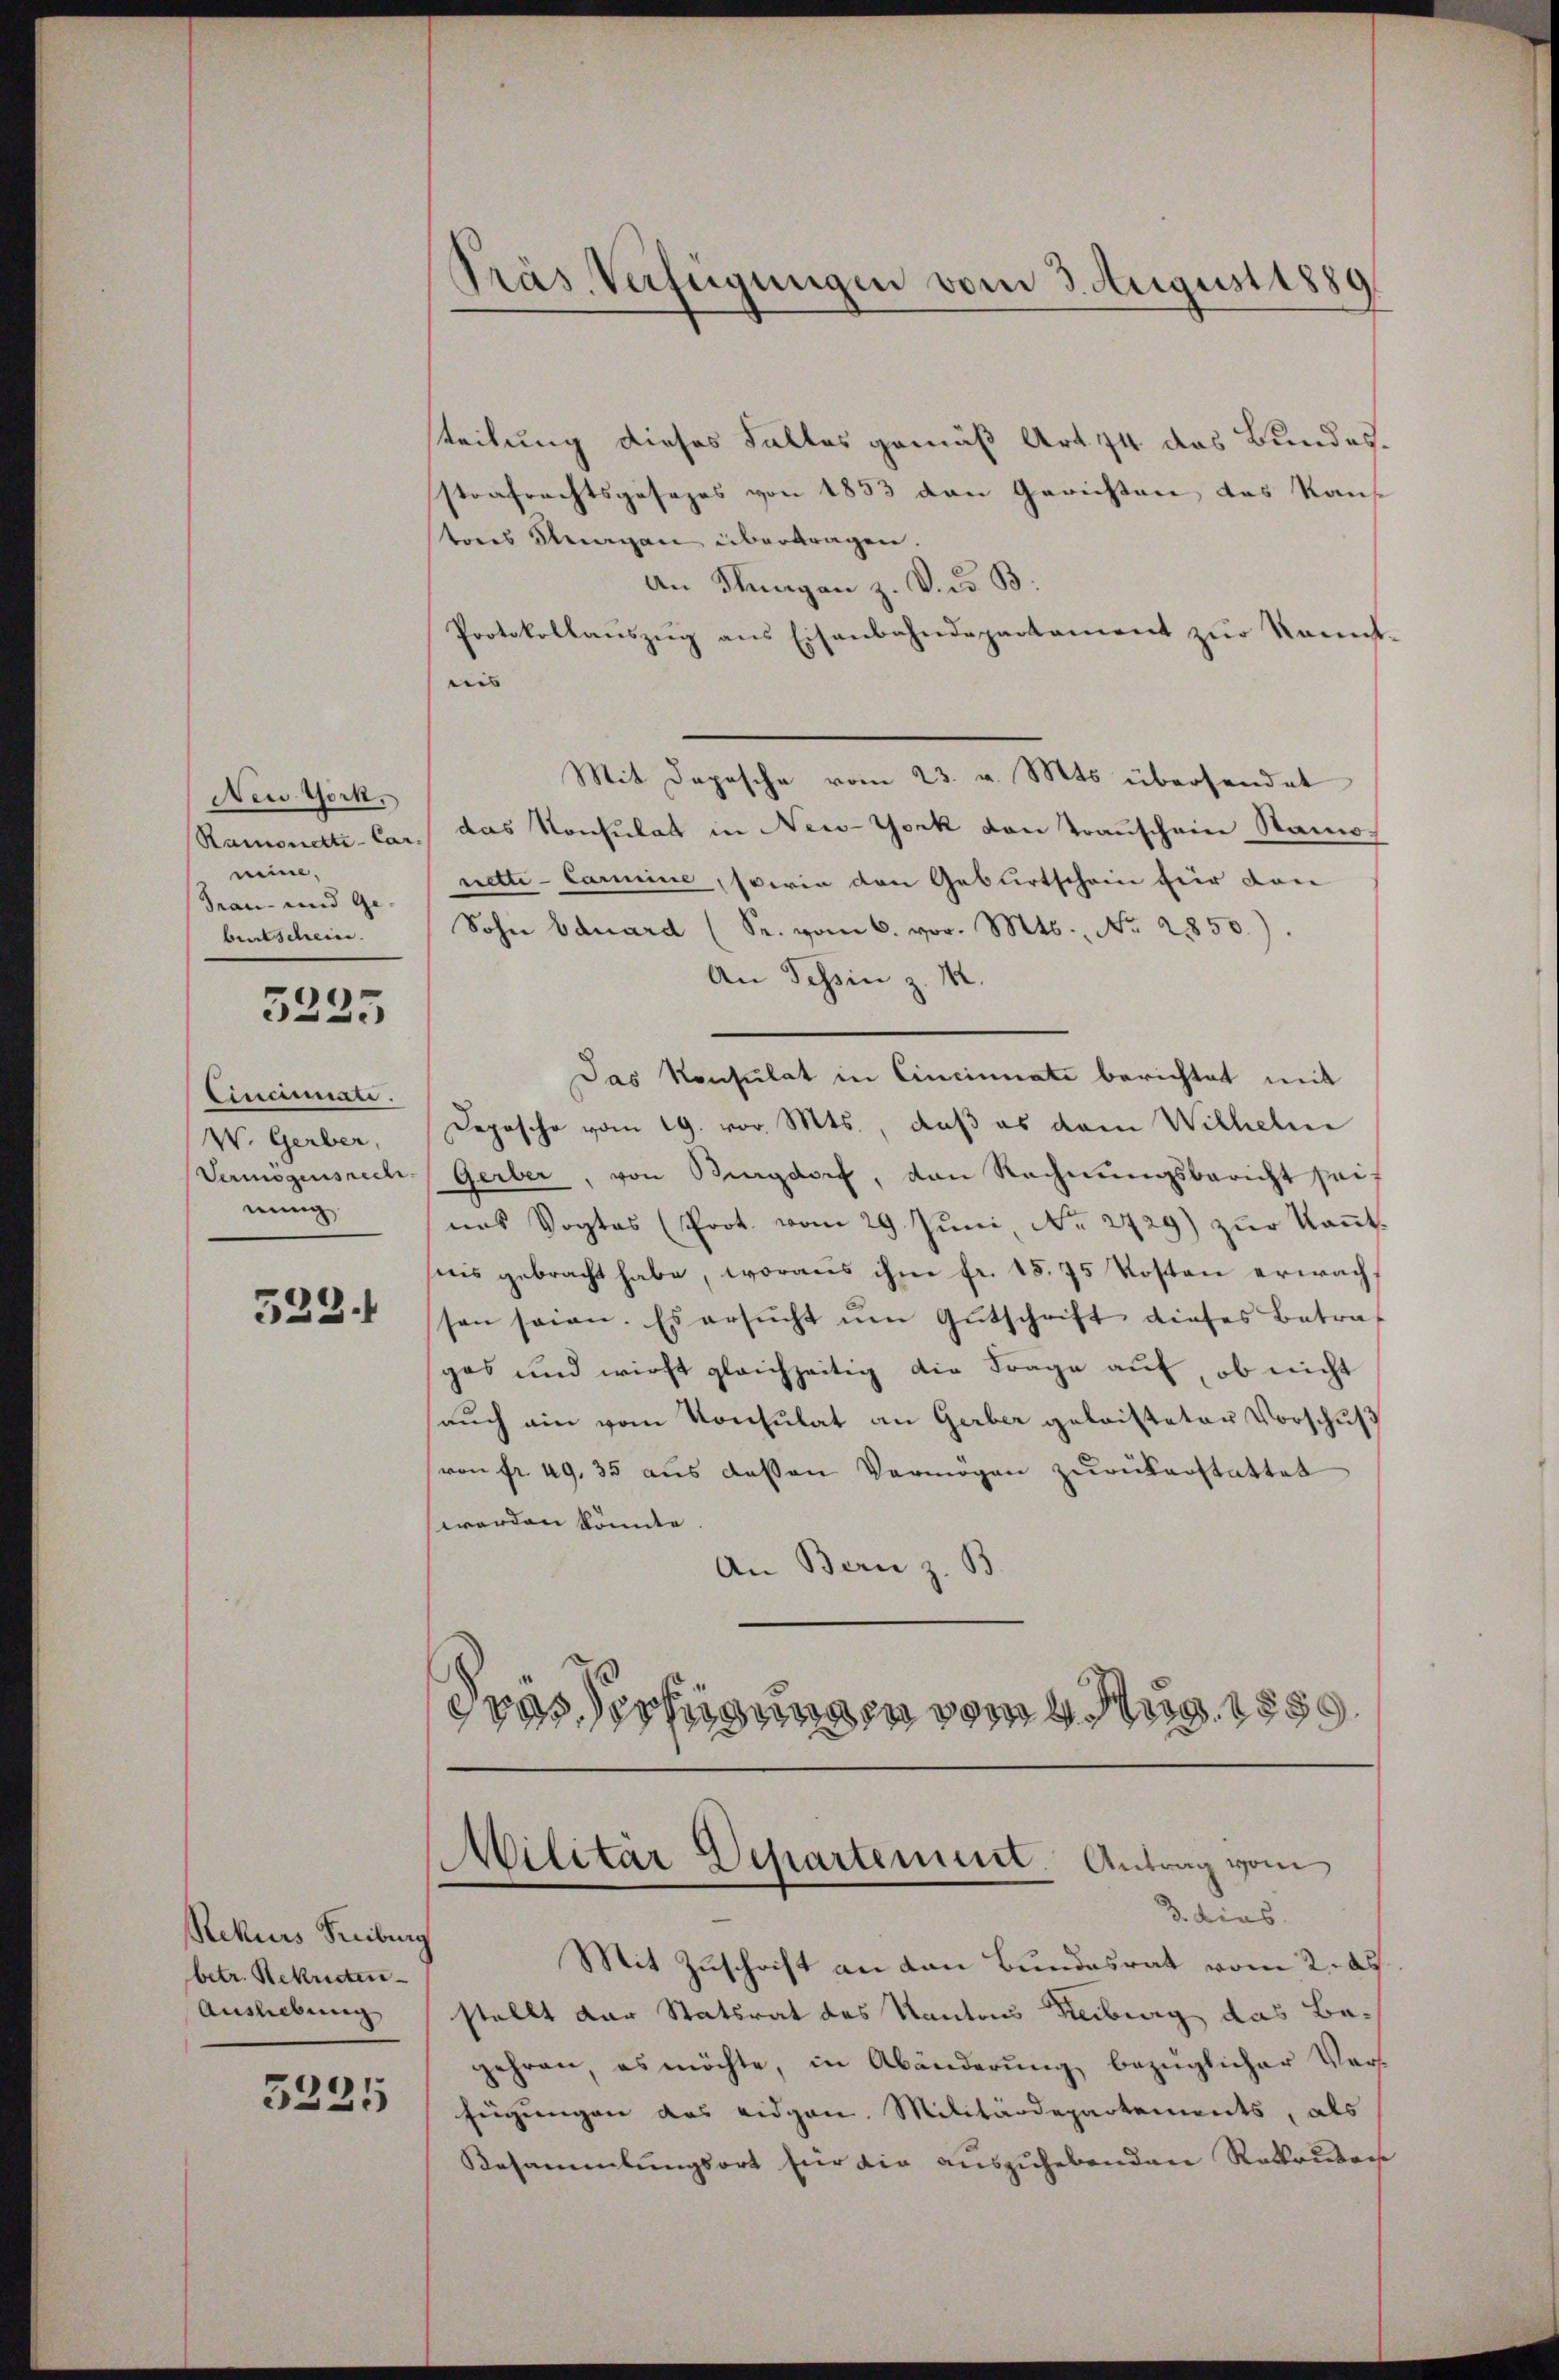
New York,
Ramonetti - Car
nie,
Grau- und Ge-
buntschein. |

3235

Cinamnate.
W. Gerber,
Vermögensrech
nung

523.

Rekurs Freiburg
betr. Rekruten
Ausliebung
5325

Präs. Verfügungen vom 3. August 1889

teilung dieses Falles gemäß Art. 74 das Bundes.
strafrechtsgesezes von 1853 den Gerichten, das Kauf
tores Steegen übertragen.
an Stuagan z. V. ds B.
Protokollaŭszŭg ans Eisenbahndepartament zŭr kannt-
diis |
Mit Depesche vom 23. v. Mts. übersendet
das Konsulat in New-York von Trauschein Samo-
netti-Carmine, serin den Geburtschein für den
Sohn Eduard Sr. vom 6. vor. Mts., Nr. 21850).
An Tessin z. M.
Das Konsulat in Cincinnati berichtet mit
Depesche vom 19. vor. Mts., daß es dem Wilhelm
Gerber, von Burgdorf, den Rechnŭngsbericht sei
nas Vogtes (Prot. vom 29. Juni, No. 2729) zŭr Kaṅt.
nis gebracht habe, woraus ihm fr. 15. 75 Kosten erwachsen seien. Es ersŭcht ŭm Gŭtschrift dieses Betraf
gas und wirst gleichzeitig die Frage auf, ob nicht
auch ein vom Konsulat an Gerber geleisteter Vorschuß
von fr. 49. 35 aus dessen Vermögen zurückerstattet
worden könnte.
An Bern z. B.
dras Verfügungen vom 4. Aug. 1850

Militär Departement. Antrag vom
3. dies

Mit Zuschrift an den Bundesrat vom 2. 25.
stellt der Statsrat des Kantons Reiburg das Begehren, es möchte, in Abänderŭng bezüglicher Ver-
fügungen das eidgen. Militärdepartements, als
Besammlungsort für die auszuhebenden Rekruten